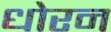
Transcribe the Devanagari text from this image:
धोरन